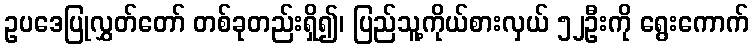
ဥပဒေပြုလွှတ်တော် တစ်ခုတည်းရှိ၍၊ ပြည်သူ့ကိုယ်စားလှယ် ၅၂ဦးကို ရွေးကောက်